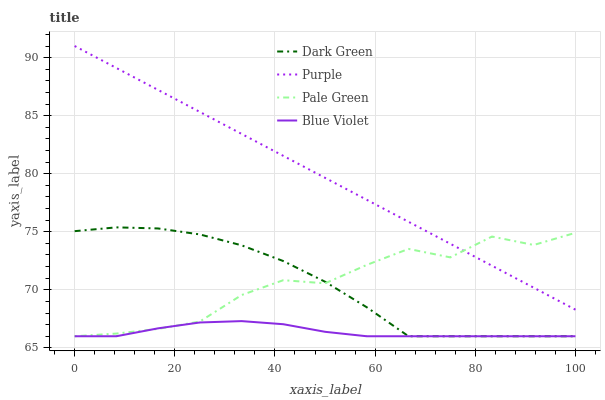
| xaxis_label | Dark Green | Purple | Pale Green | Blue Violet |
 | --- | --- | --- | --- | --- |
 | 0 | 75.1 | 91 | 66 | 66 |
 | 8.33 | 75.4 | 89.1 | 66.2 | 66 |
 | 16.7 | 75.3 | 87.2 | 66.6 | 66.7 |
 | 25 | 74.8 | 85.3 | 67.3 | 67.2 |
 | 33.3 | 73.8 | 83.4 | 69.5 | 67.3 |
 | 41.7 | 72.5 | 81.5 | 70.8 | 67 |
 | 50 | 70.7 | 79.6 | 70.6 | 66.4 |
 | 58.3 | 68.5 | 77.8 | 72.1 | 66 |
 | 66.7 | 66 | 75.9 | 73.5 | 66 |
 | 75 | 66 | 74 | 72.8 | 66 |
 | 83.3 | 66 | 72.1 | 74.6 | 66 |
 | 91.7 | 66 | 70.2 | 73.9 | 66 |
 | 100 | 66 | 68.3 | 74.9 | 66 |